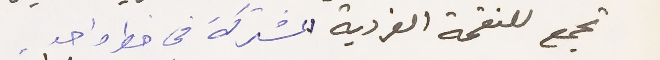
تجمع للنقمة الفردية المشتركة في خط واحد.